Scottish Leaving Certificate Examination, 1958
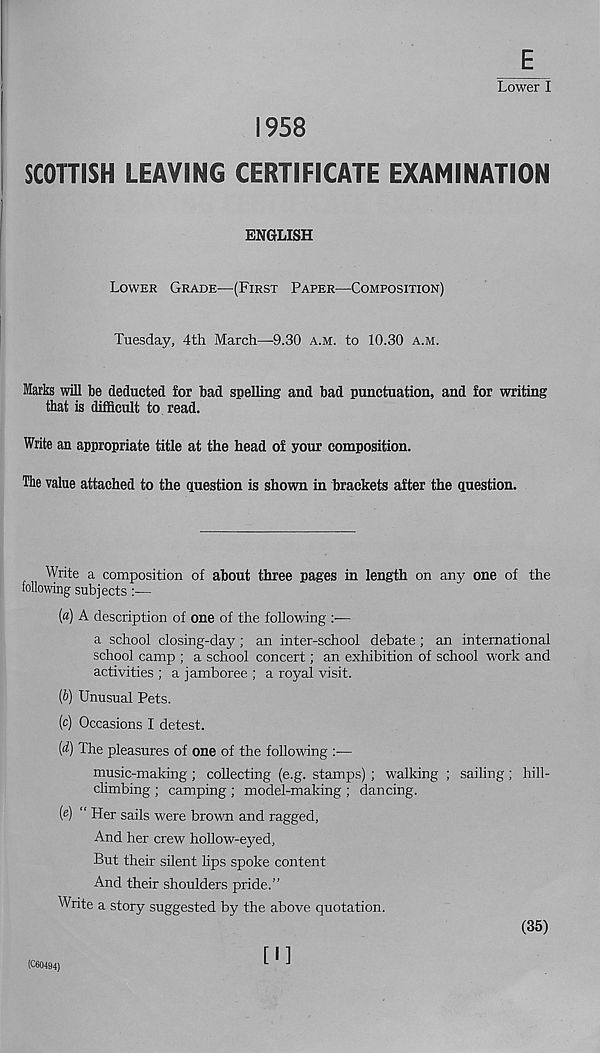
E
Lower I
1958
SCOTTISH LEAVING CERTIFICATE EXAMINATION
ENGLISH
LOWER GRADE—(FIRST PAPER—COMPOSITION)
Tuesday, 4th March—9.30 A.M. to 10.30 A.M.
larks will be deducted for bad spelling and bad punctuation, and for writing
that is difficult to read.
Write an appropriate title at the head of your composition.
The value attached to the question is shown in brackets after the question.
Write a composition of about three pages in length on any one of the
following subjects:—
(a) A description of one of the following :—
a school closing-day; an inter-school debate ; an international
school camp ; a school concert; an exhibition of school work and
activities ; a jamboree ; a royal visit.
(b) Unusual Pets.
(c) Occasions I detest.
(d) The pleasures of one of the following :—
music-making; collecting (e.g. stamps) ; walking ; sailing ; hill-
climbing ; camping ; model-making ; dancing.
(e) “ Her sails were brown and ragged,
And her crew hollow-eyed,
But their silent lips spoke content
And their shoulders pride.”
Write a story suggested by the above quotation.
(35)
(C60494)
[I]